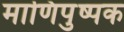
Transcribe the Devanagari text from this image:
माणिपुष्पक